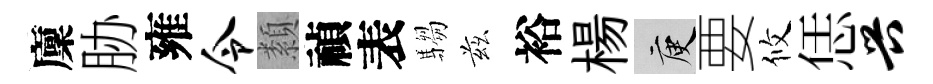
廩胁雍令纇禎表騶兹裕楊庾要攸恁兴